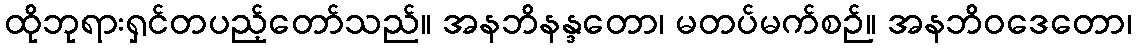
ထိုဘုရားရှင်တပည့်တော်သည်။ အနဘိနန္ဒတော၊ မတပ်မက်စဉ်။ အနဘိဝဒေတော၊